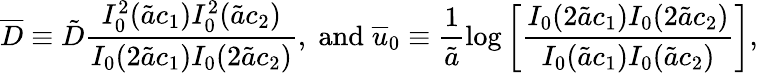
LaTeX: \overline{{D}}\equiv\tilde{D}\frac{I_{0}^{2}(\tilde{a}c_{1})I_{0}^{2}(\tilde{a}c_{2})}{I_{0}(2\tilde{a}c_{1})I_{0}(2\tilde{a}c_{2})},\; \mathrm{and}\; \overline{{u}}_{0}\equiv\frac{1}{\tilde{a}}\log\left[\frac{I_{0}(2\tilde{a}c_{1})I_{0}(2\tilde{a}c_{2})}{I_{0}(\tilde{a}c_{1})I_{0}(\tilde{a}c_{2})}\right],